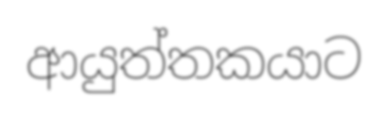
ආයුත්තකයාට